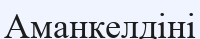
Аманкелдіні